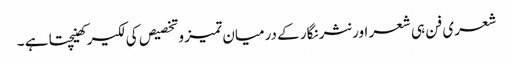
شعری فن ہی شعر اور نثر نگار کے درمیان تمیز وتخصیص کی لکیر کھینچتا ہے ۔